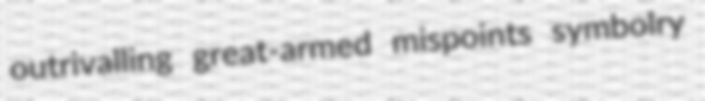
outrivalling great-armed mispoints symbolry